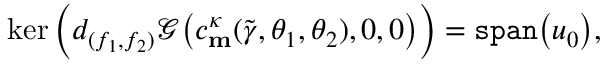
\ker \Big ( d _ { ( f _ { 1 } , f _ { 2 } ) } \mathscr { G } \big ( c _ { \mathbf { m } } ^ { \kappa } ( \widetilde { \gamma } , \theta _ { 1 } , \theta _ { 2 } ) , 0 , 0 \big ) \Big ) = \mathtt { s p a n } \big ( u _ { 0 } \big ) ,